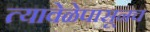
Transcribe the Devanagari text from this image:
त्यावेळेपासूनच